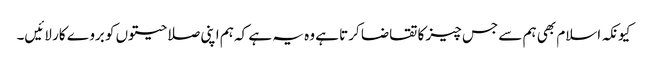
کیونکہ اسلام بھی ہم سے جس چیز کا تقاضا کرتا ہے وہ یہ ہے کہ ہم اپنی صلاحیتوں کو بروے کار لائیں۔